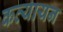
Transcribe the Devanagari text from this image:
कत्यायन